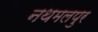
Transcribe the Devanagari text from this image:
नथमलपुर